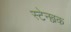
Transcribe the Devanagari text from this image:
स्टेनब्रक